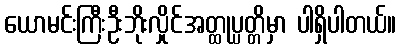
ယောမင်းကြီးဦးဘိုးလှိုင်အတ္ထုပ္ပတ္တိမှာ ပါရှိပါတယ်။